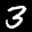
Label: 3